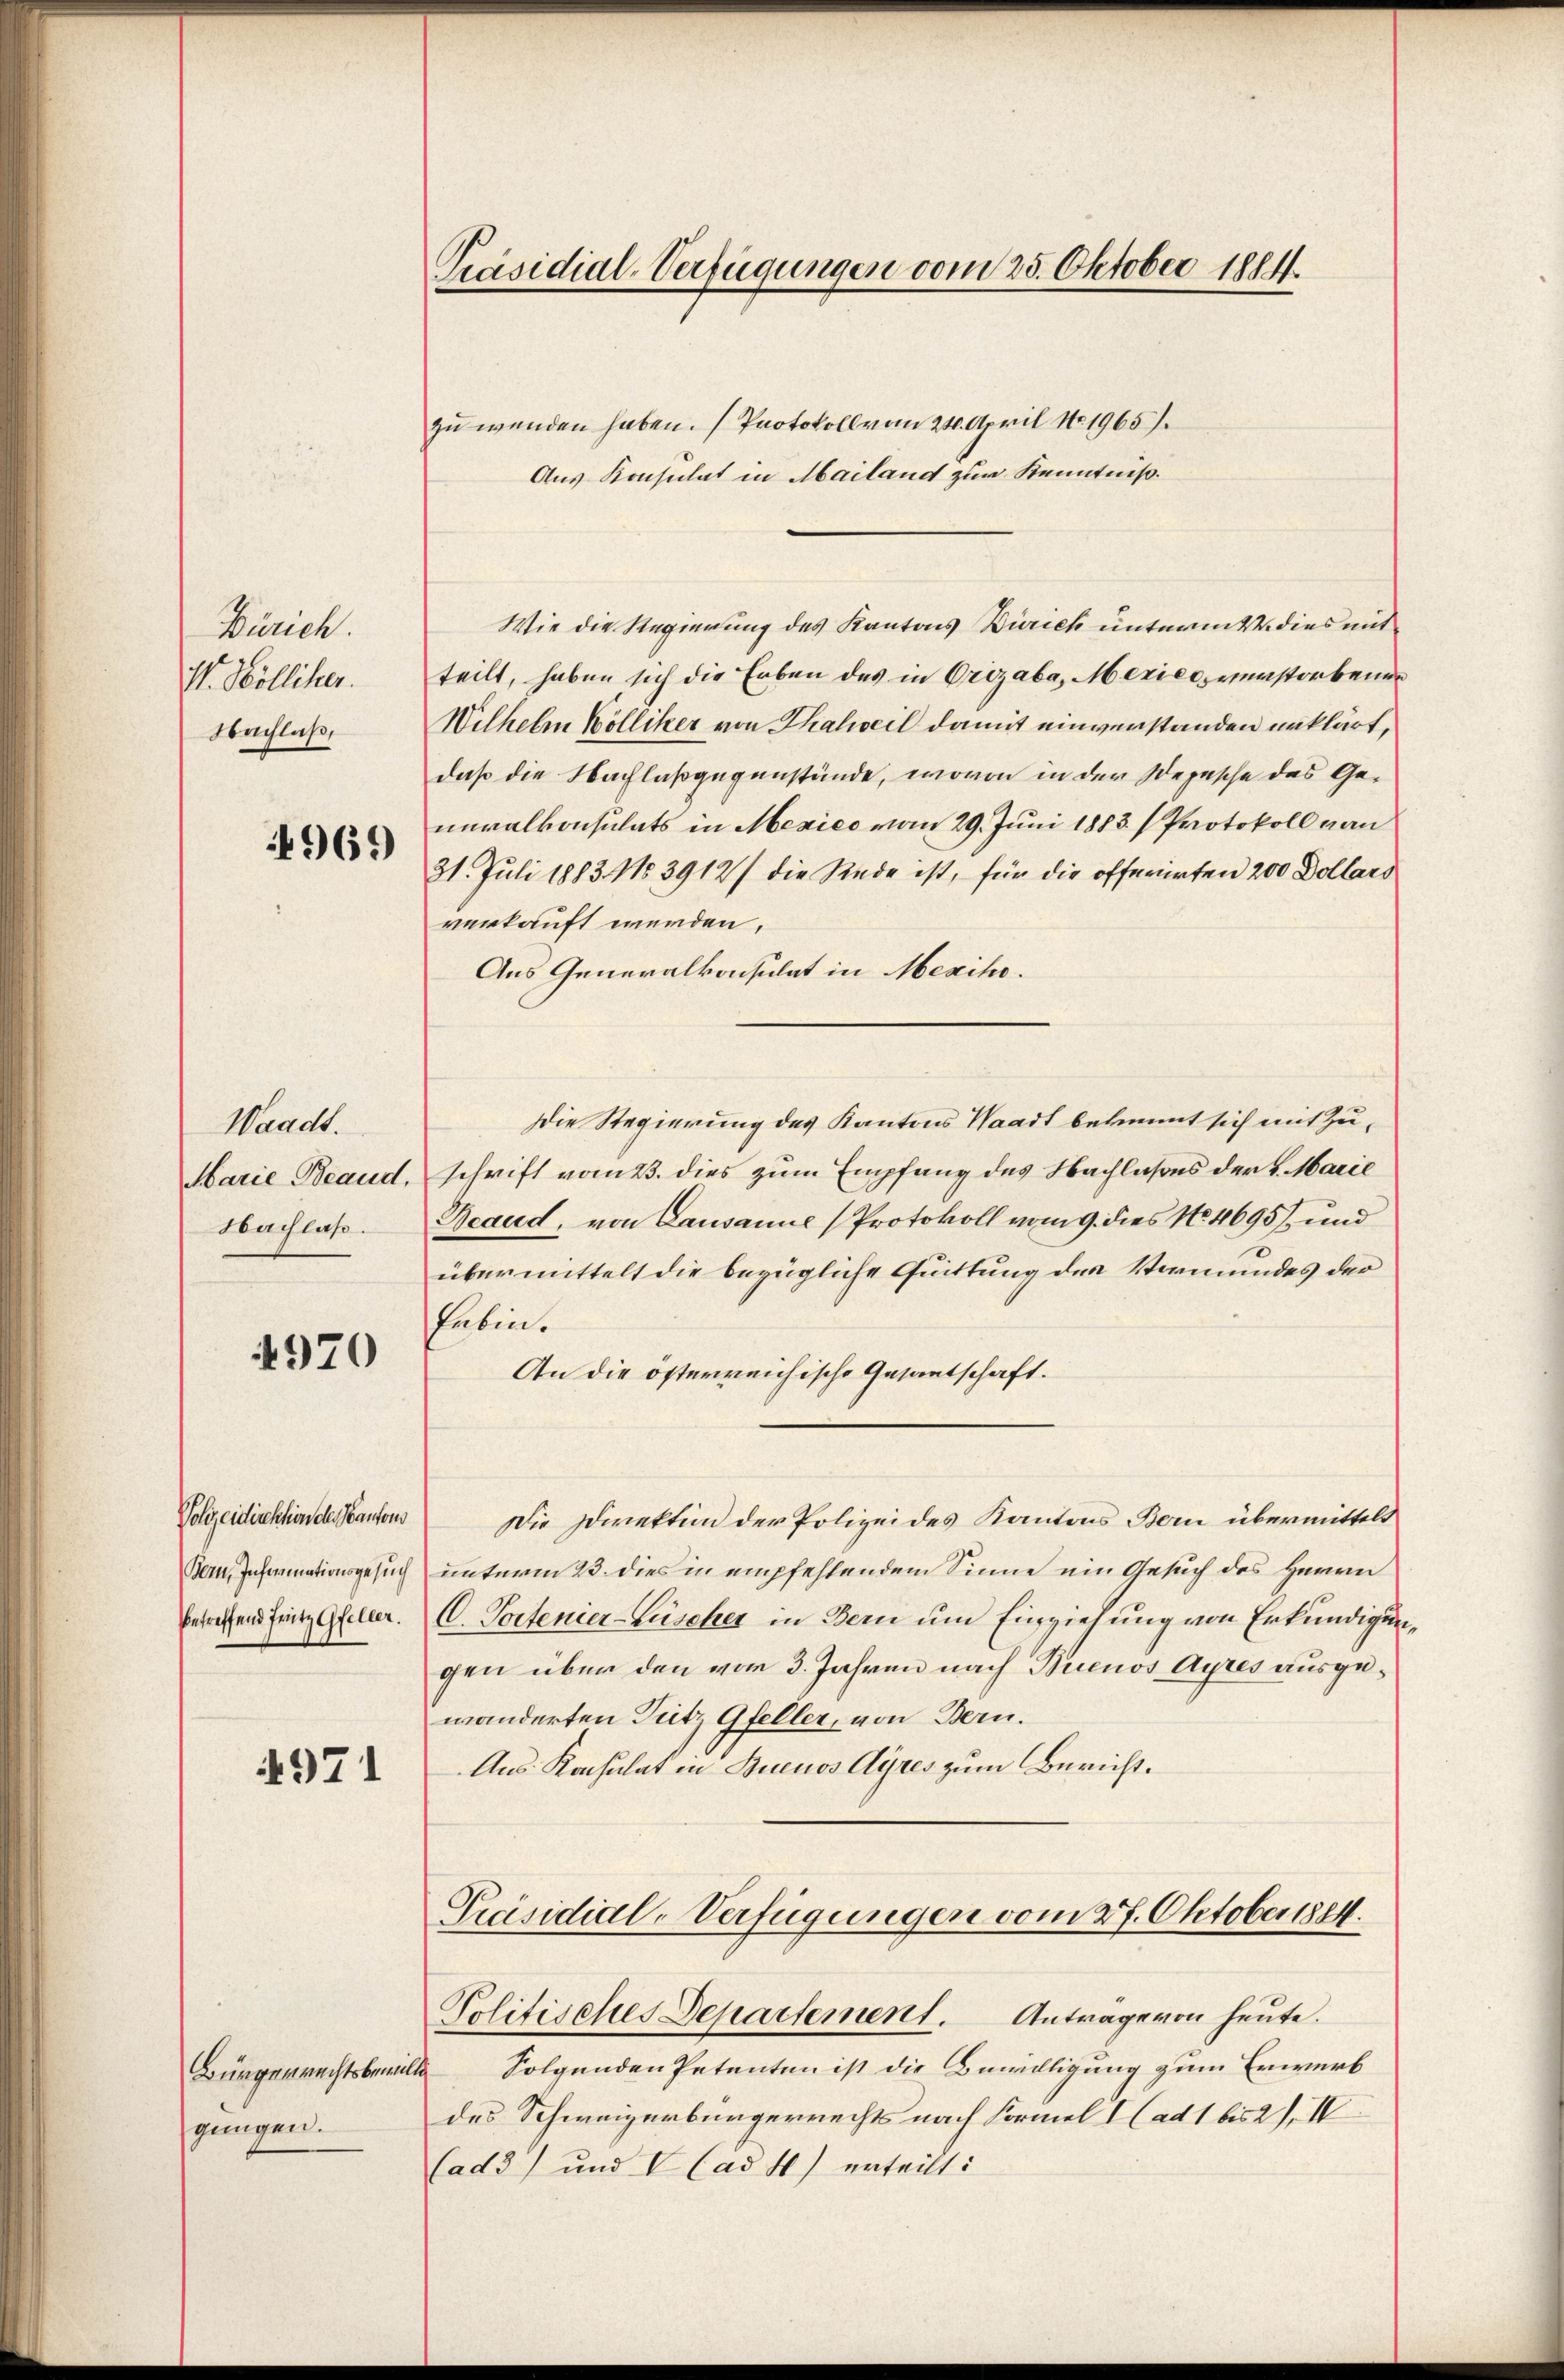
Zürich.
S. Wolliker.
Nachlaß,

4969

Waadt.
Marie Beaud,
Nachlaß.

4970

Polizeidirektion des Kantons
Bern, Informationsgesuch
betreffend Fritz Gfeller.

4971

Bürgerrechtsbewilli
gungen.

Präsidial-Verfügungen vom 25. Oktober 1814.

zu wenden haben. Protokoll vom 24. April No 1965.
Aus Konsulat in Mailand zur Kenntniß.
Wie die Regierung des Kantons Zürich untermit dies mitteilt, haben sich die Erben des in Orizaba, Mexico, verstorbene
Wilhelm Bölliker von Thalweil damit einverstanden unklärt,
daß die Nachlaßgegenstände, wovon in der Depesche des Generalkonsulats in Mexico vom 29. Juni 1883.) Protokoll von
31. Juli 1883. No 3912/ die Rede ist, für die offerirten 200 Dollars
verkauft werden.
Aus Generalkonsulat in Mexiko¬
Die Regierung des Kantons Waadt bekannt sich mit Zuschrift vom 23. dies zum Empfang des Nachlaßens der 4. Marie
Beaud, von Lausanne (Protokoll vom 9. dies No. 4695 und
übermittelt die bezügliche Quittung des Vormundes der
haben.
An die österreichische Gesantschaft.
Die Direktion der Polizei des Kantons Bern übermittelt
unterm 23. dies in empfehlendem Sinne ein Gesuch des Herrn
C. Vorfener-Lüscher in Bern um Einziehung von Erkundigun
gen über den vom 3. Jahren nach Buenos Ayres ausgewänderten Putz Gfeller, von Bern.
Aus Konsulat in Buenos Ayres zum Bericht.

Präsidial-Verfügungen vom 27. Oktober 1884.
Politisches Departement. Antrage von heute.

Folgenden Petenten ist die Bewilligung zum Erwerb
des Schweizerbürgerrechts nach Formel I (ad 1 bis 21. IV
(ad 3) und V (ad 4) erteilt: